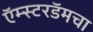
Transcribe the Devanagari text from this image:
ऍम्स्टरडॅमचा